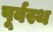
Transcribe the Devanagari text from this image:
पूर्वस्थ